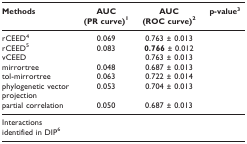
<table><thead><tr><td><b>Methods</b></td><td><b>AUC (PR curve)<sup>1</sup></b></td><td><b>AUC (ROC curve)<sup>2</sup></b></td><td><b>p-value<sup>3</sup></b></td></tr></thead><tbody><tr><td>rCEED <sup>4</sup></td><td>0.069</td><td>0.763 ± 0.013</td><td>[EMPTY_CELL]</td></tr><tr><td>rCEED <sup>5</sup></td><td>0.083</td><td><b>0.766 </b>± 0.012</td><td>[EMPTY_CELL]</td></tr><tr><td>vCEED</td><td>[EMPTY_CELL]</td><td>0.763 ± 0.013</td><td>[EMPTY_CELL]</td></tr><tr><td>mirrortree</td><td>0.048</td><td>0.687 ± 0.013</td><td>[EMPTY_CELL]</td></tr><tr><td>tol-mirrortree</td><td>0.063</td><td>0.722 ± 0.014</td><td>[EMPTY_CELL]</td></tr><tr><td>phylogenetic vector projection</td><td>0.053</td><td>0.704 ± 0.013</td><td>[EMPTY_CELL]</td></tr><tr><td>partial correlation</td><td>0.050</td><td>0.687 ± 0.013</td><td>[EMPTY_CELL]</td></tr><tr><td>Interactions identified in DIP<sup>6</sup></td><td>[EMPTY_CELL]</td><td>[EMPTY_CELL]</td><td>[EMPTY_CELL]</td></tr></tbody></table>